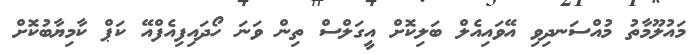
މައުލޫމާތު މުއްސަނދިވި އޭވައިއެލް ބަލިކޮށް އީގަލްސް ތިން ވަނަ ހޯދައިފިއެފްއޭ ކަޕް ކާމިޔާބުކޮށް